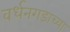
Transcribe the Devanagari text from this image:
वर्धनगडाच्या